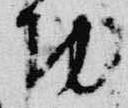
功